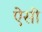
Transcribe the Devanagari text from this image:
ऐेसी